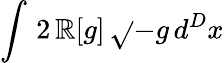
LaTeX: \int\, 2\, \mathbb{R}[g]\, \sqrt{}{{-g}}\, d^{D}x